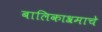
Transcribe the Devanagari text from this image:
बालिकाश्रमाचे